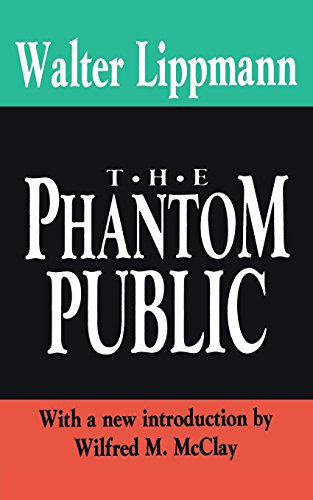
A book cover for The Phantom Public (International Organizations Series); Walter Lippmann; Medical Books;